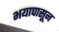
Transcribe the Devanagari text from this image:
भयापासून